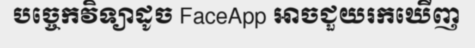
បច្ចេកវិទ្យាដូច FaceApp អាចជួយរកឃើញ